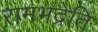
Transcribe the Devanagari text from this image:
रामभद्रेति